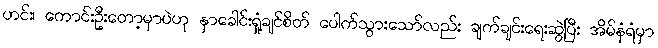
ဟင်း၊ ကောင်းဦးတော့မှာပဲဟု နှာခေါင်းရှုံ့ချင်စိတ် ပေါက်သွားသော်လည်း ချက်ချင်းရေးဆွဲပြီး အိမ်နံရံမှာ